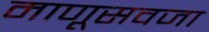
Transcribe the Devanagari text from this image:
माणूसवजा